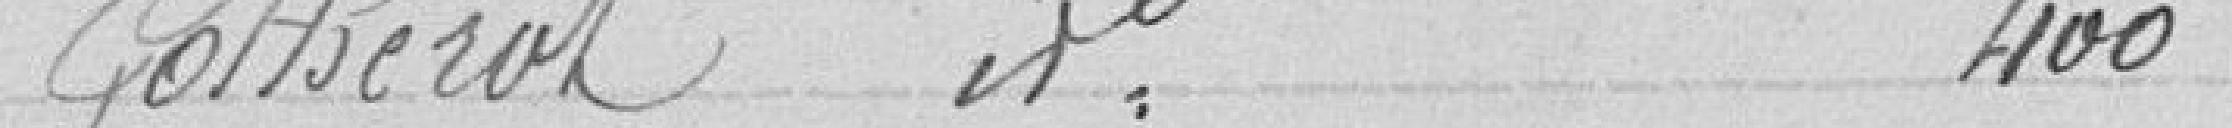
Gotheral 400